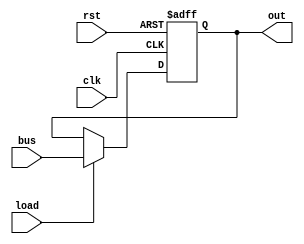
//Instruction register
module ir(
	input clk,
	input rst,
	input load,
	input[7:0] bus,
	output[7:0] out
);

//upper four bits are the opcode
//the lower four bits are the operand
reg[7:0] ir;

always @(posedge clk, posedge rst) begin
	if (rst) begin
		ir <= 8'b0;
	end else if (load) begin
		ir <= bus;
	end
end

assign out = ir;

endmodule